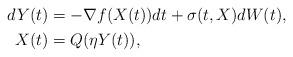
LaTeX: \begin{align*}\begin{aligned}dY(t)&=-\nabla f(X(t))dt+\sigma(t,X) dW(t),\\X(t)&=Q(\eta Y(t)),\end{aligned}\end{align*}